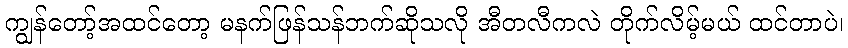
ကျွန်တော့်အထင်တော့ မနက်ဖြန်သန်ဘက်ဆိုသလို အီတလီကလဲ တိုက်လိမ့်မယ် ထင်တာပဲ၊